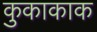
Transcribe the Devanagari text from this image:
कुकाकाक